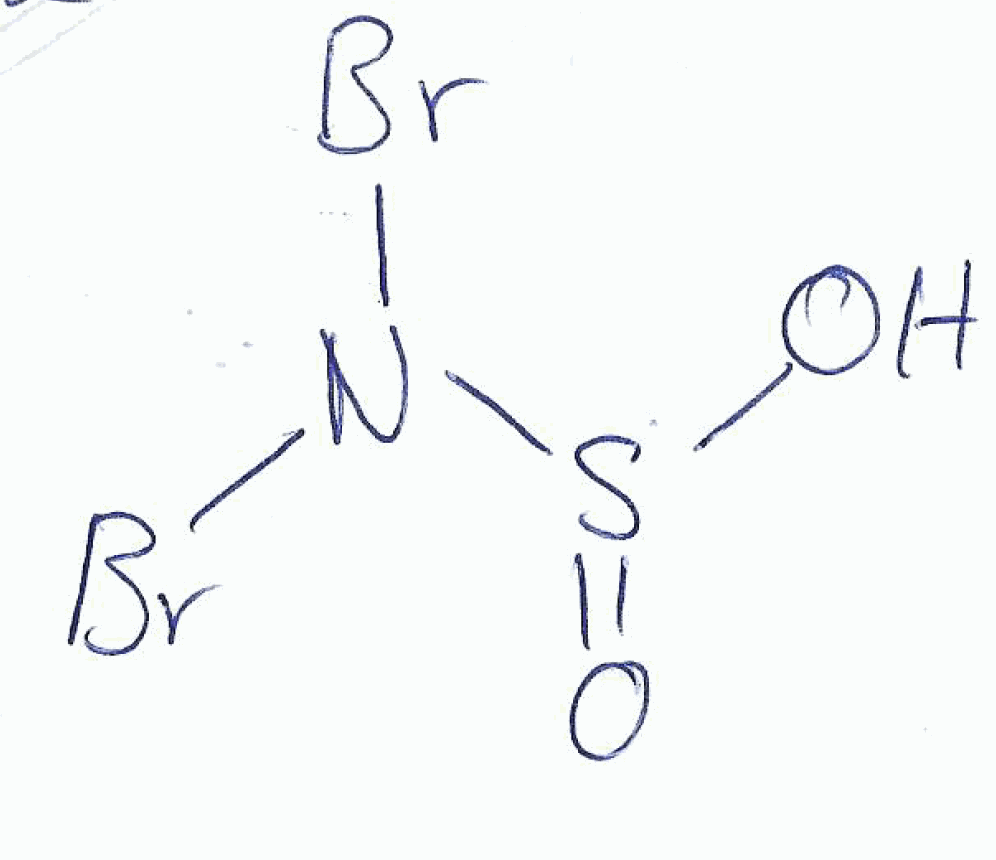
Simplified molecular-input line-entry system (SMILES) notation of the given molecule:
N(S(=O)O)(Br)Br